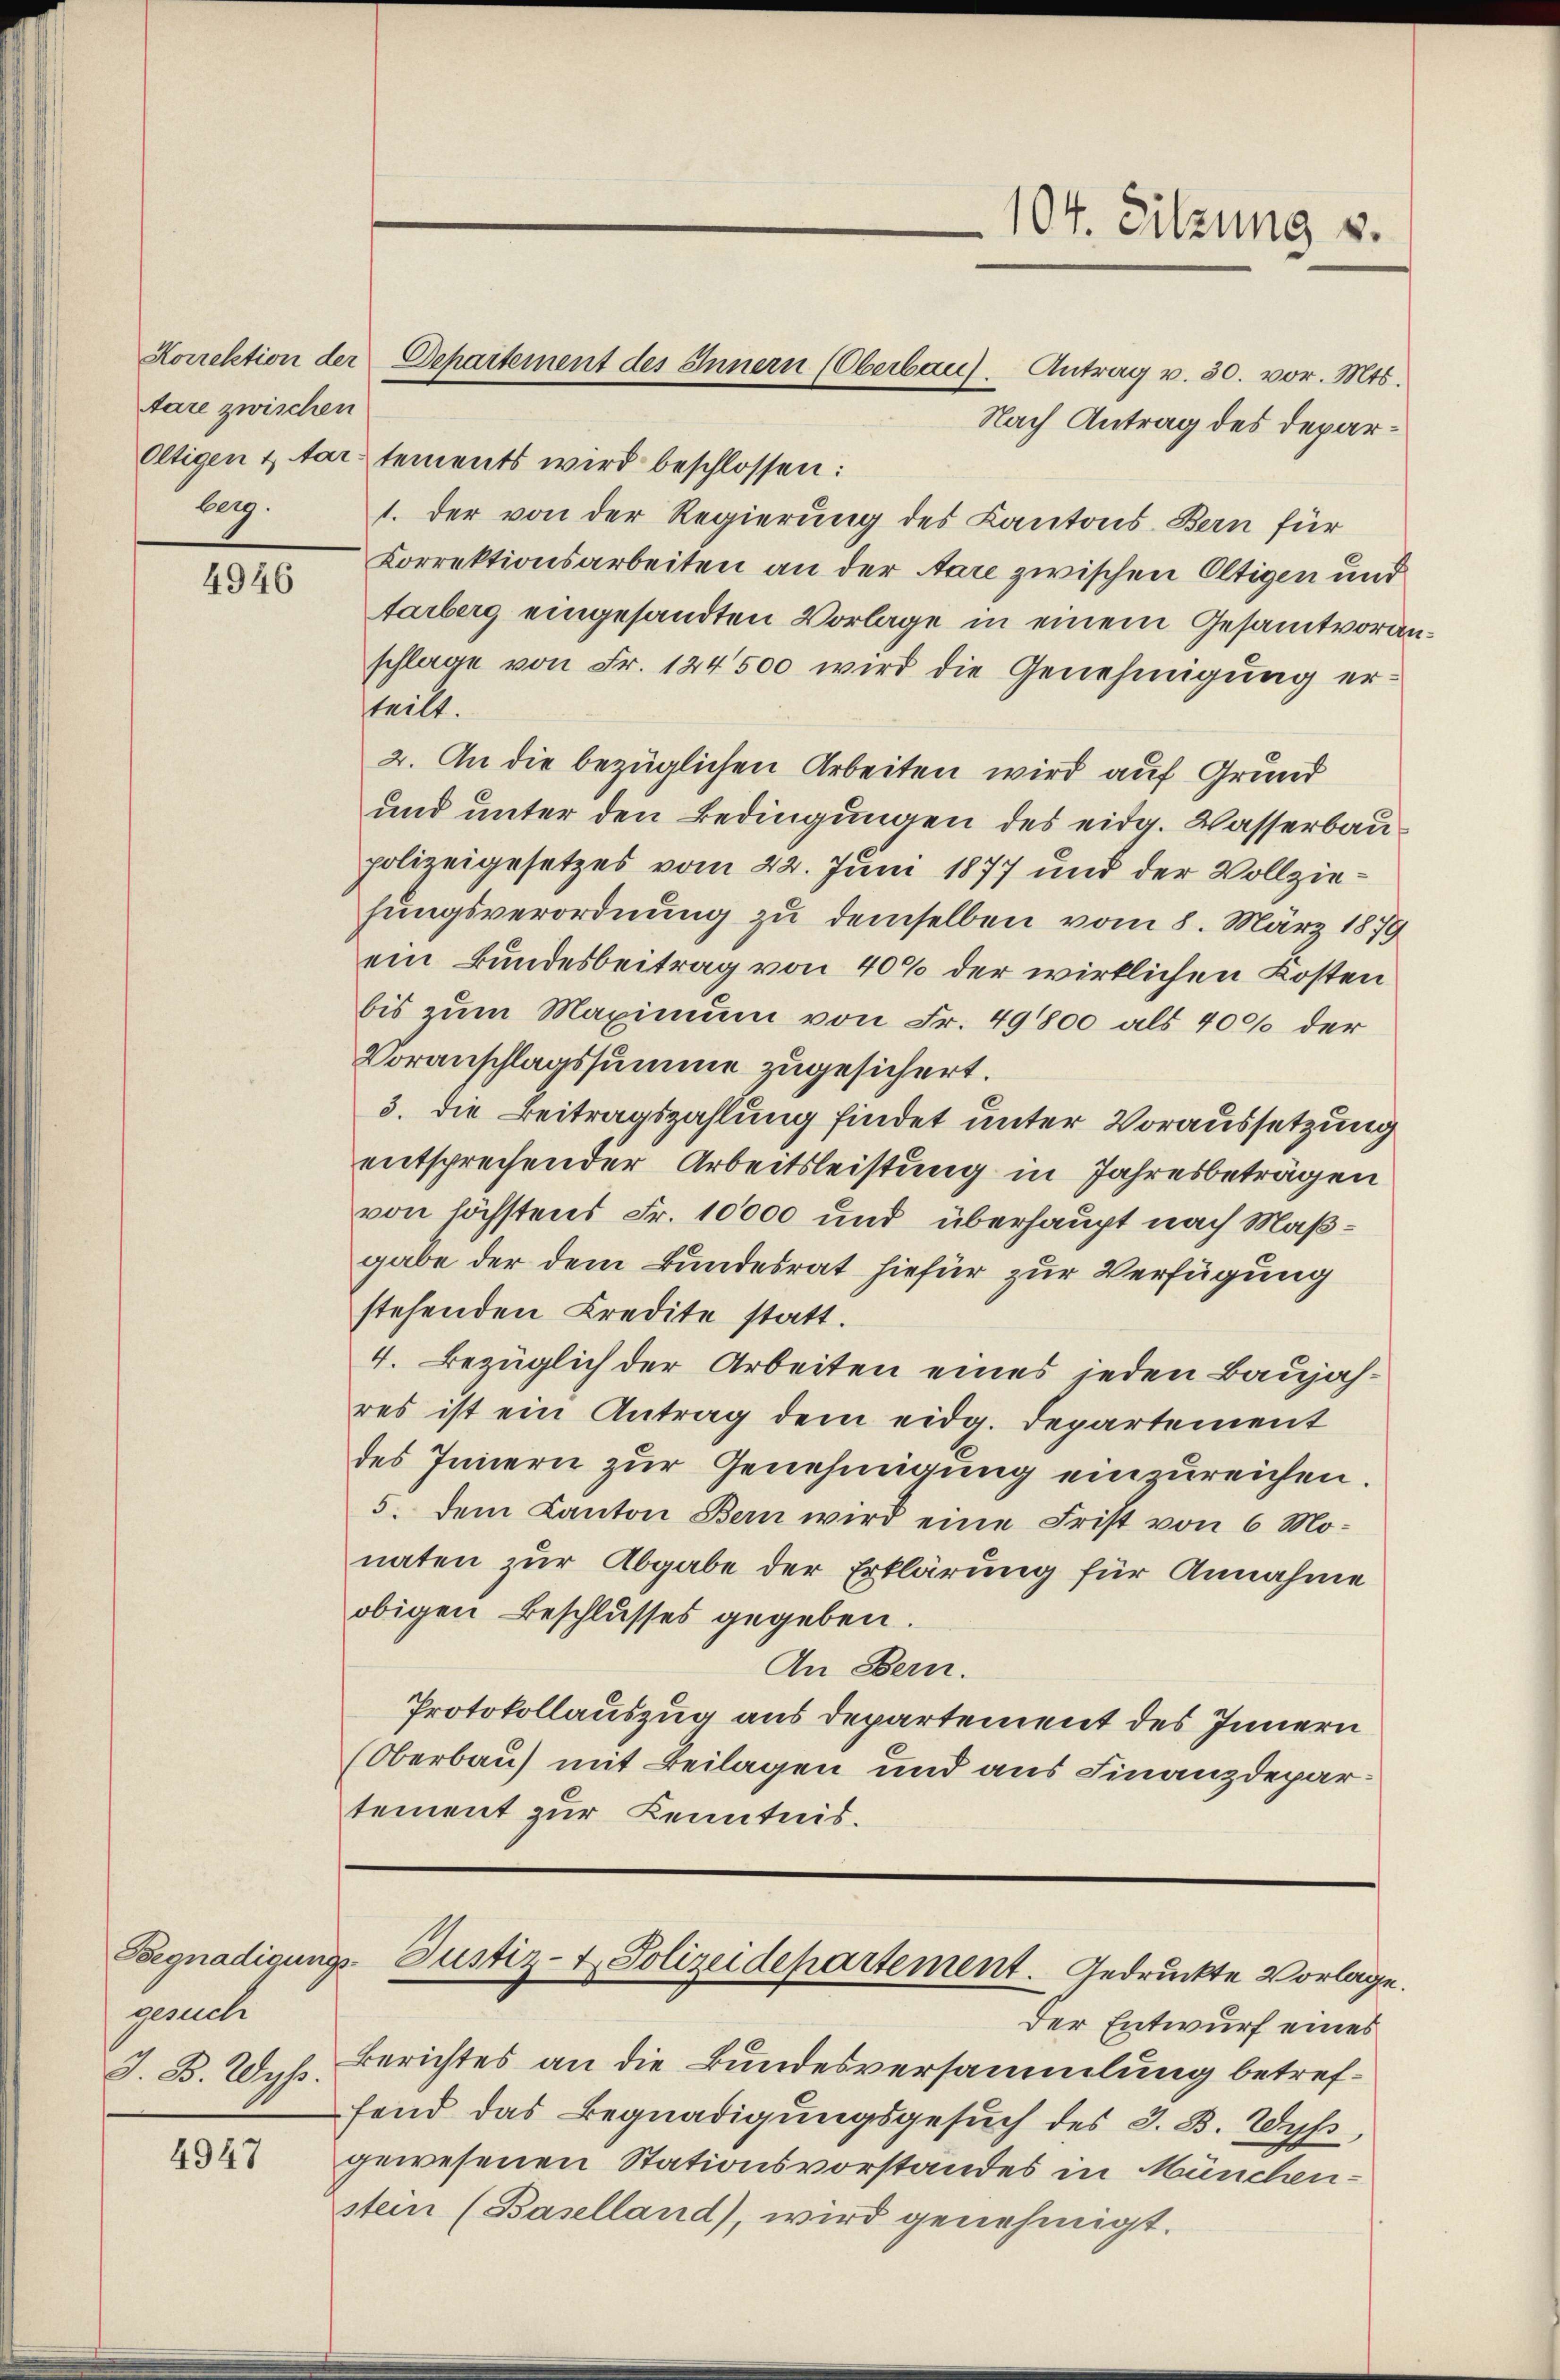
Aare zwischen
beg.

4947

4946

gesuche
J. B. Wys

Korrektion der Departement des Innern (Oberbau). Antrag v. 30. vor. Mts.

104. Sitzung v.

Nach Antrag des Depar¬
Oltigen & Martements wird beschlossen:
1. der von der Regierung des Kantons Bern für
Korrektionsarbeiten an der Aare zwischen Oltigen und
tarberg eingesandten Vorlage in einem Gesamtvoranschlage von Fr. 124500 wird die Genehmigŭng er-
teilt.
2. An die bezüglichen Arbeiten wird auf Grund
und unter den Bedingungen des eidg. Wasserbaupolizeigesetzes vom 22. Juni 1877 und der Vollziehungsverordnung zu demselben vom 8. März 1879
ein Bundesbeitrag von 40% der wirklichen Kosten
bis zum Maximum von Fr. 49800 als 400 der
Voranschlagssumme zugesichert.
3. die Beitragszahlung findet unter Voraussetzung
entsprechender Arbeitsleistung in Jahresbeträgen
von höchstens Fr. 10000 und überhaupt nach Maßgabe der dem Bundesrat hiefür zur Verfügung
stehenden Credite statt.
4. Bezüglich der Arbeiten eines jeden Baujähres ist ein Antrag dem eidg. Departement
des Innern zur Genehmigung einzureichen.
5. dem Kanton Bern wird eine Frist von 6 Mo-
naten zur Abgabe der Erklärung für Annahme
obigen Beschlusses gegeben.
An Bern.
Protokollauszug aus Departement des Innern
(Oberbau) mit Beilagen und aus Finanzdepartement zur Kenntnis.

Begnadigungs-Justiz- & Polizeidepartement. Gedruckte Vorlage.

Der Entwurf eines
Berichtes an die Bundesversammlung betreffend das Begnadigungsgesuch des 3. B. Wys
gewesenen Stationsvorstandes in Münchenstein (Baselland), wird genehmigt.